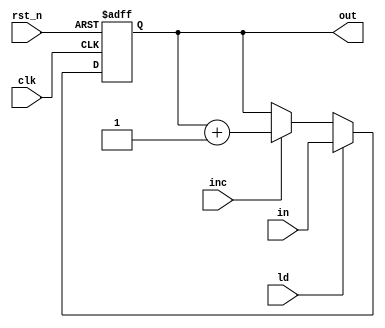
module reg4 (
	input clk,
	input rst_n,
	input ld,
	input inc,
	input [3:0] in,
	output [3:0] out
);

	reg [3:0] out_next, out_reg;
	assign out = out_reg;

	always @(posedge clk, negedge rst_n) begin
		if(!rst_n)
			out_reg <= 4'h0;
		else
			out_reg <= out_next;
	end

	always @(*) begin
		out_next = out_reg;

		if (ld)
			out_next = in; 
			else if (inc)
				out_next = out_reg + 1'b1;
	end
	
endmodule